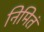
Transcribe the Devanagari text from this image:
निमितं